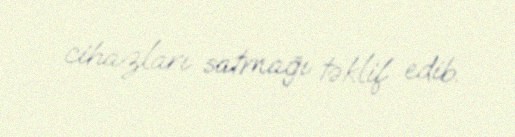
cihazları satmağı təklif edib.